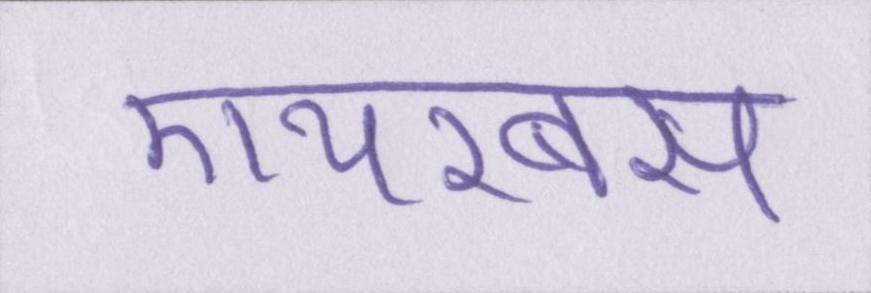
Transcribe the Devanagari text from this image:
एयरबस